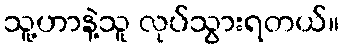
သူ့ဟာနဲ့သူ လုပ်သွားရတယ်။